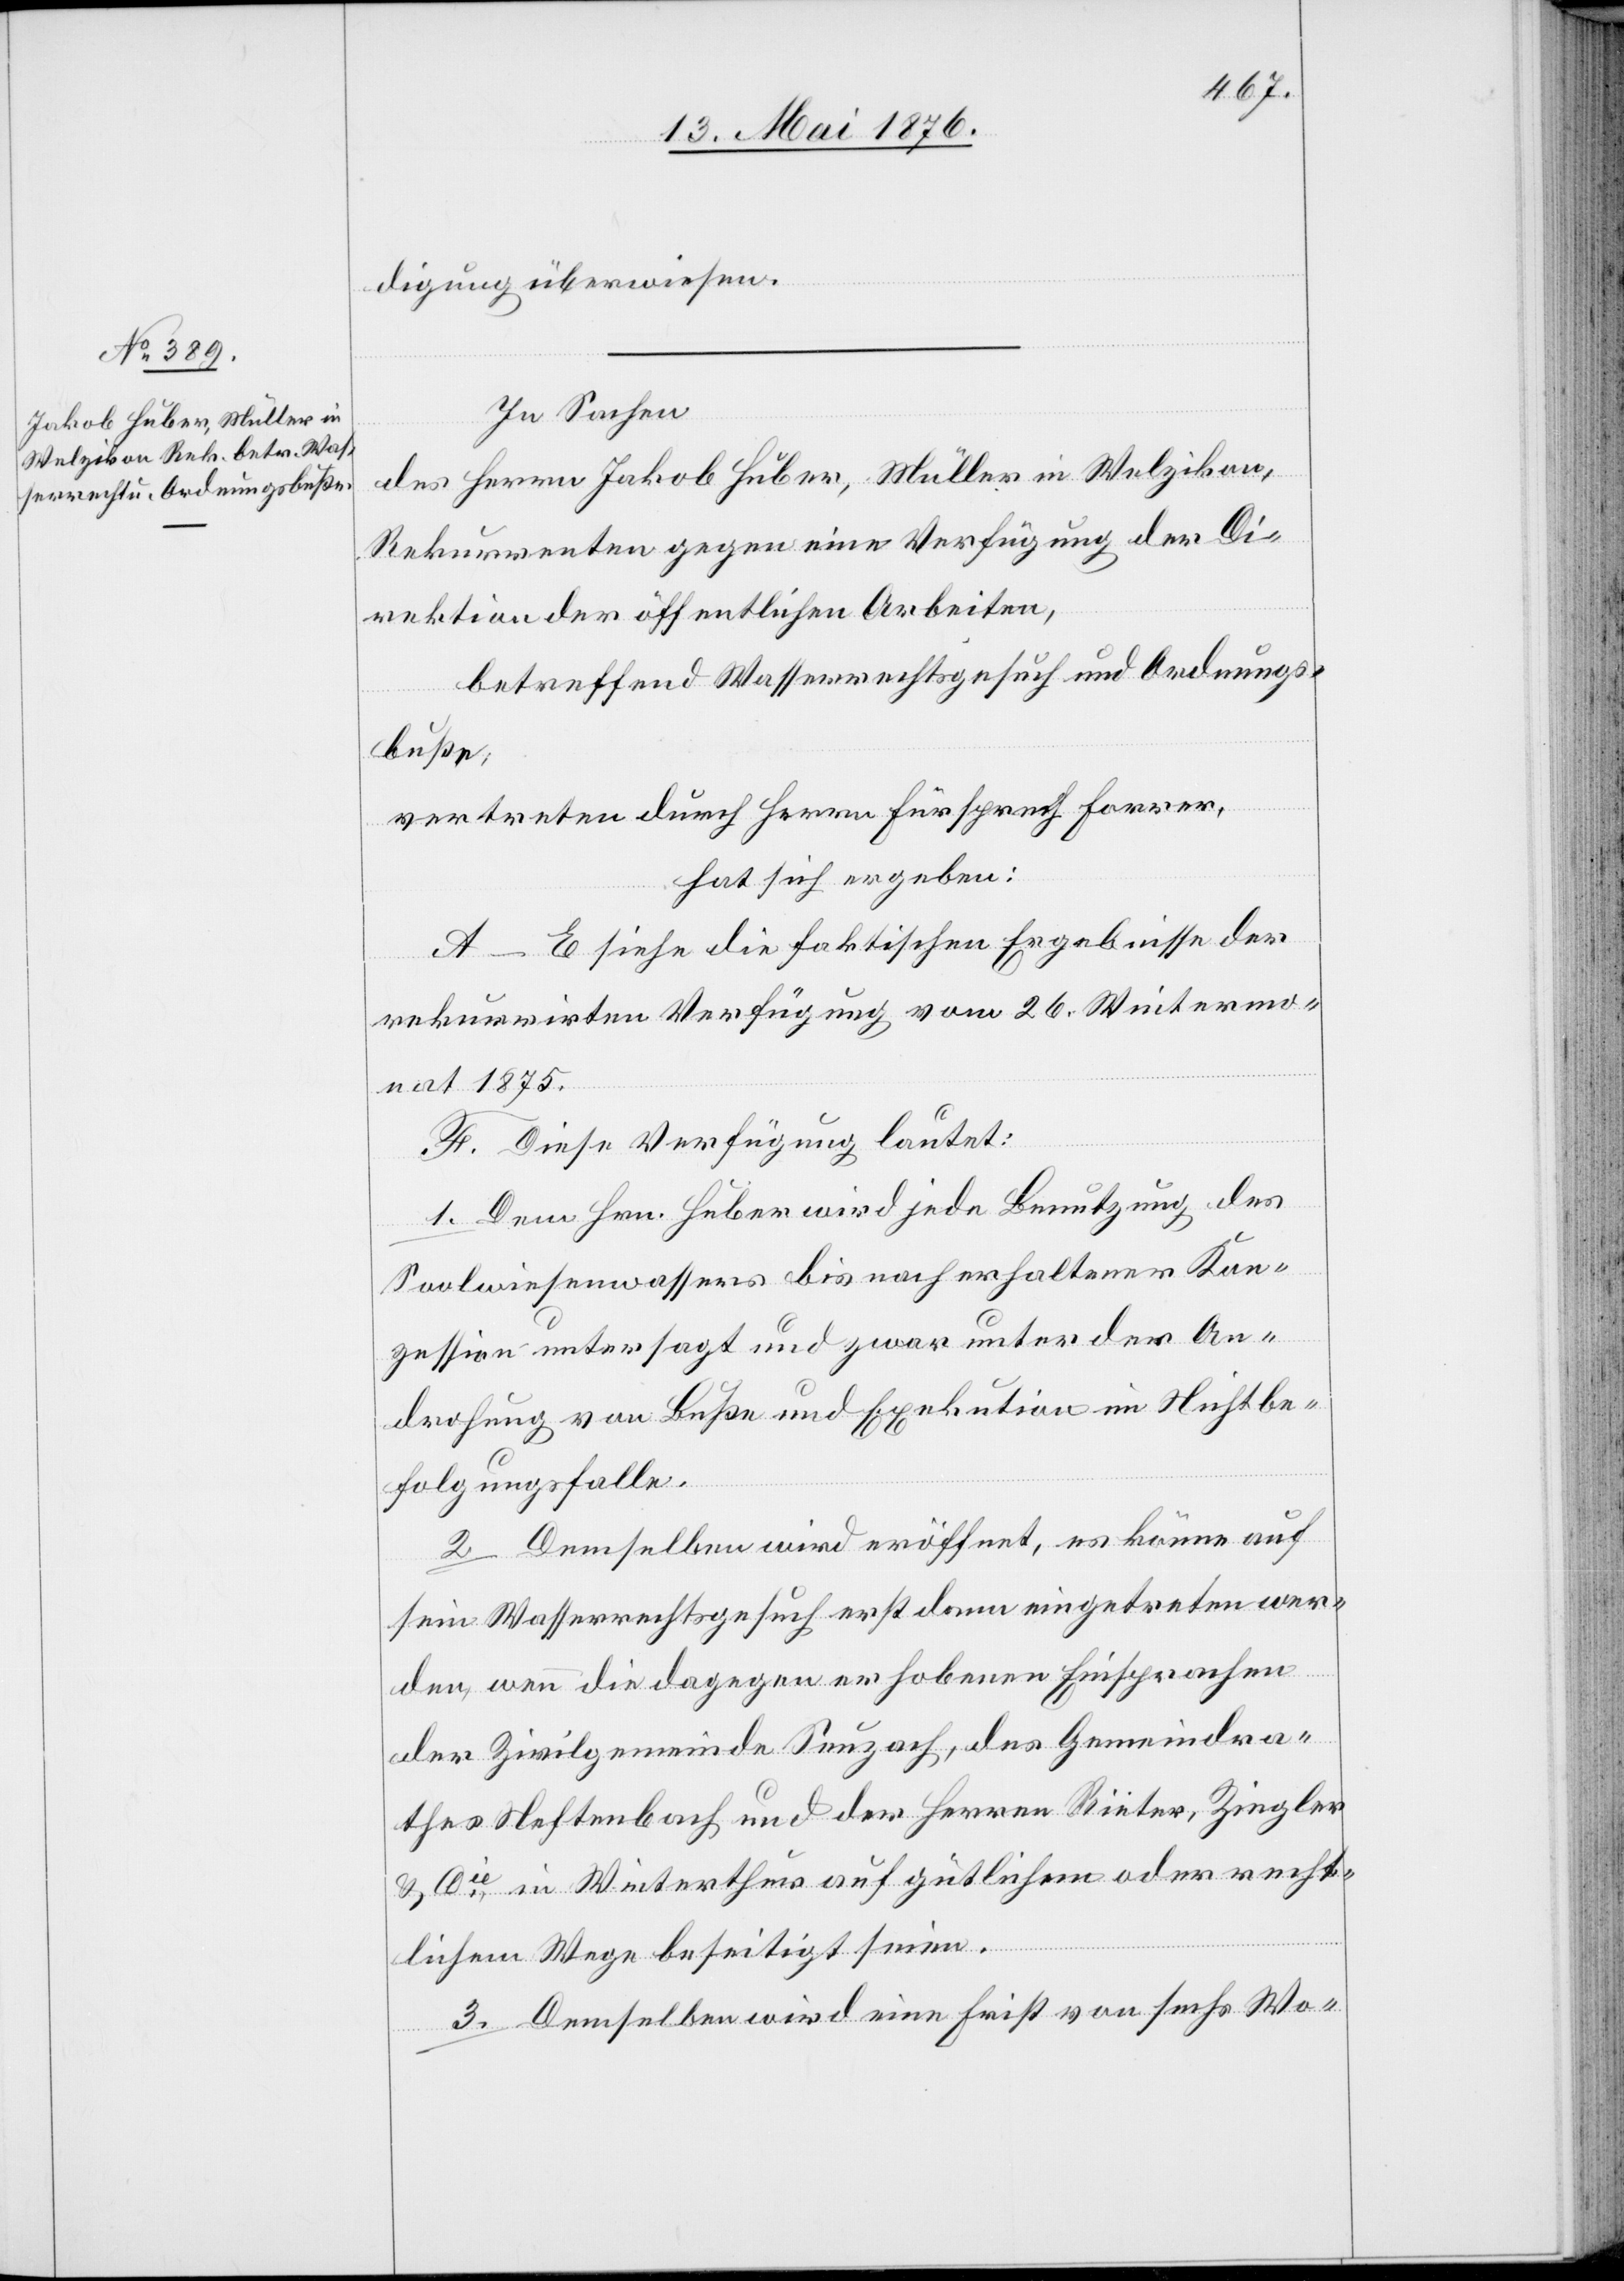
digung überwiesen.
In Sachen
des Herrn Jakob Huber, Müller in Wetzikon,
Rekurrenten gegen eine Verfügung der Di¬
rektion der öffentlichen Arbeiten,
betreffend Wasserrechtsgesuch und Ordnungs¬
buße,
vertreten durch Herrn Fürsprech Forrer,
hat sich ergeben:
A–E siehe die faktischen Ergebnisse der
rekurrirten Verfügung vom 26. Wintermo¬
nat 1875.
F. Diese Verfügung lautet:
1. Dem Hrn. Huber wird jede Benutzung des
Soolwiesenwassers bis nach erhaltener Kon¬
zession untersagt und zwar unter der An¬
drohung von Buße und Exekution im Nichtbe¬
folgungsfalle.
2. Demselben wird eröffnet, es könne auf
sein Wasserrechtsgesuch erst dann eingetreten wer¬
den, wenn die dagegen erhobenen Einsprachen
der Zivilgemeinde Seuzach, des Gemeindra¬
thes Neftenbach und der Herren Rieter, Ziegler
& Cie in Winterthur auf gütlichem oder recht¬
lichem Wege beseitigt seien.
3. Demselben wird eine Frist von sechs Wo-